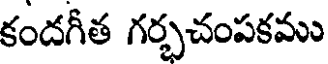
కందగీత గర్భచంపకము